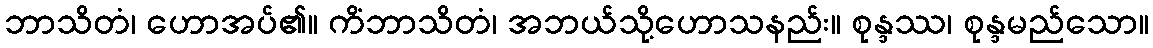
ဘာသိတံ၊ ဟောအပ်၏။ ကိံဘာသိတံ၊ အဘယ်သို့ဟောသနည်း။ စုန္ဒဿ၊ စုန္ဒမည်သော။